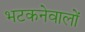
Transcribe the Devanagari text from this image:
भटकनेवालों